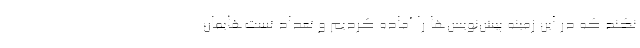
نکند که در این زمینه پیش‌نویس‌ها را آماده کردیم و تعداد تست‌هایمان